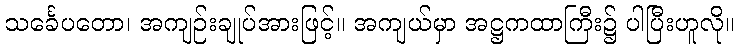
သင်္ခေပတော၊ အကျဉ်းချုပ်အားဖြင့်။ အကျယ်မှာ အဋ္ဌကထာကြီး၌ ပါပြီးဟူလို။